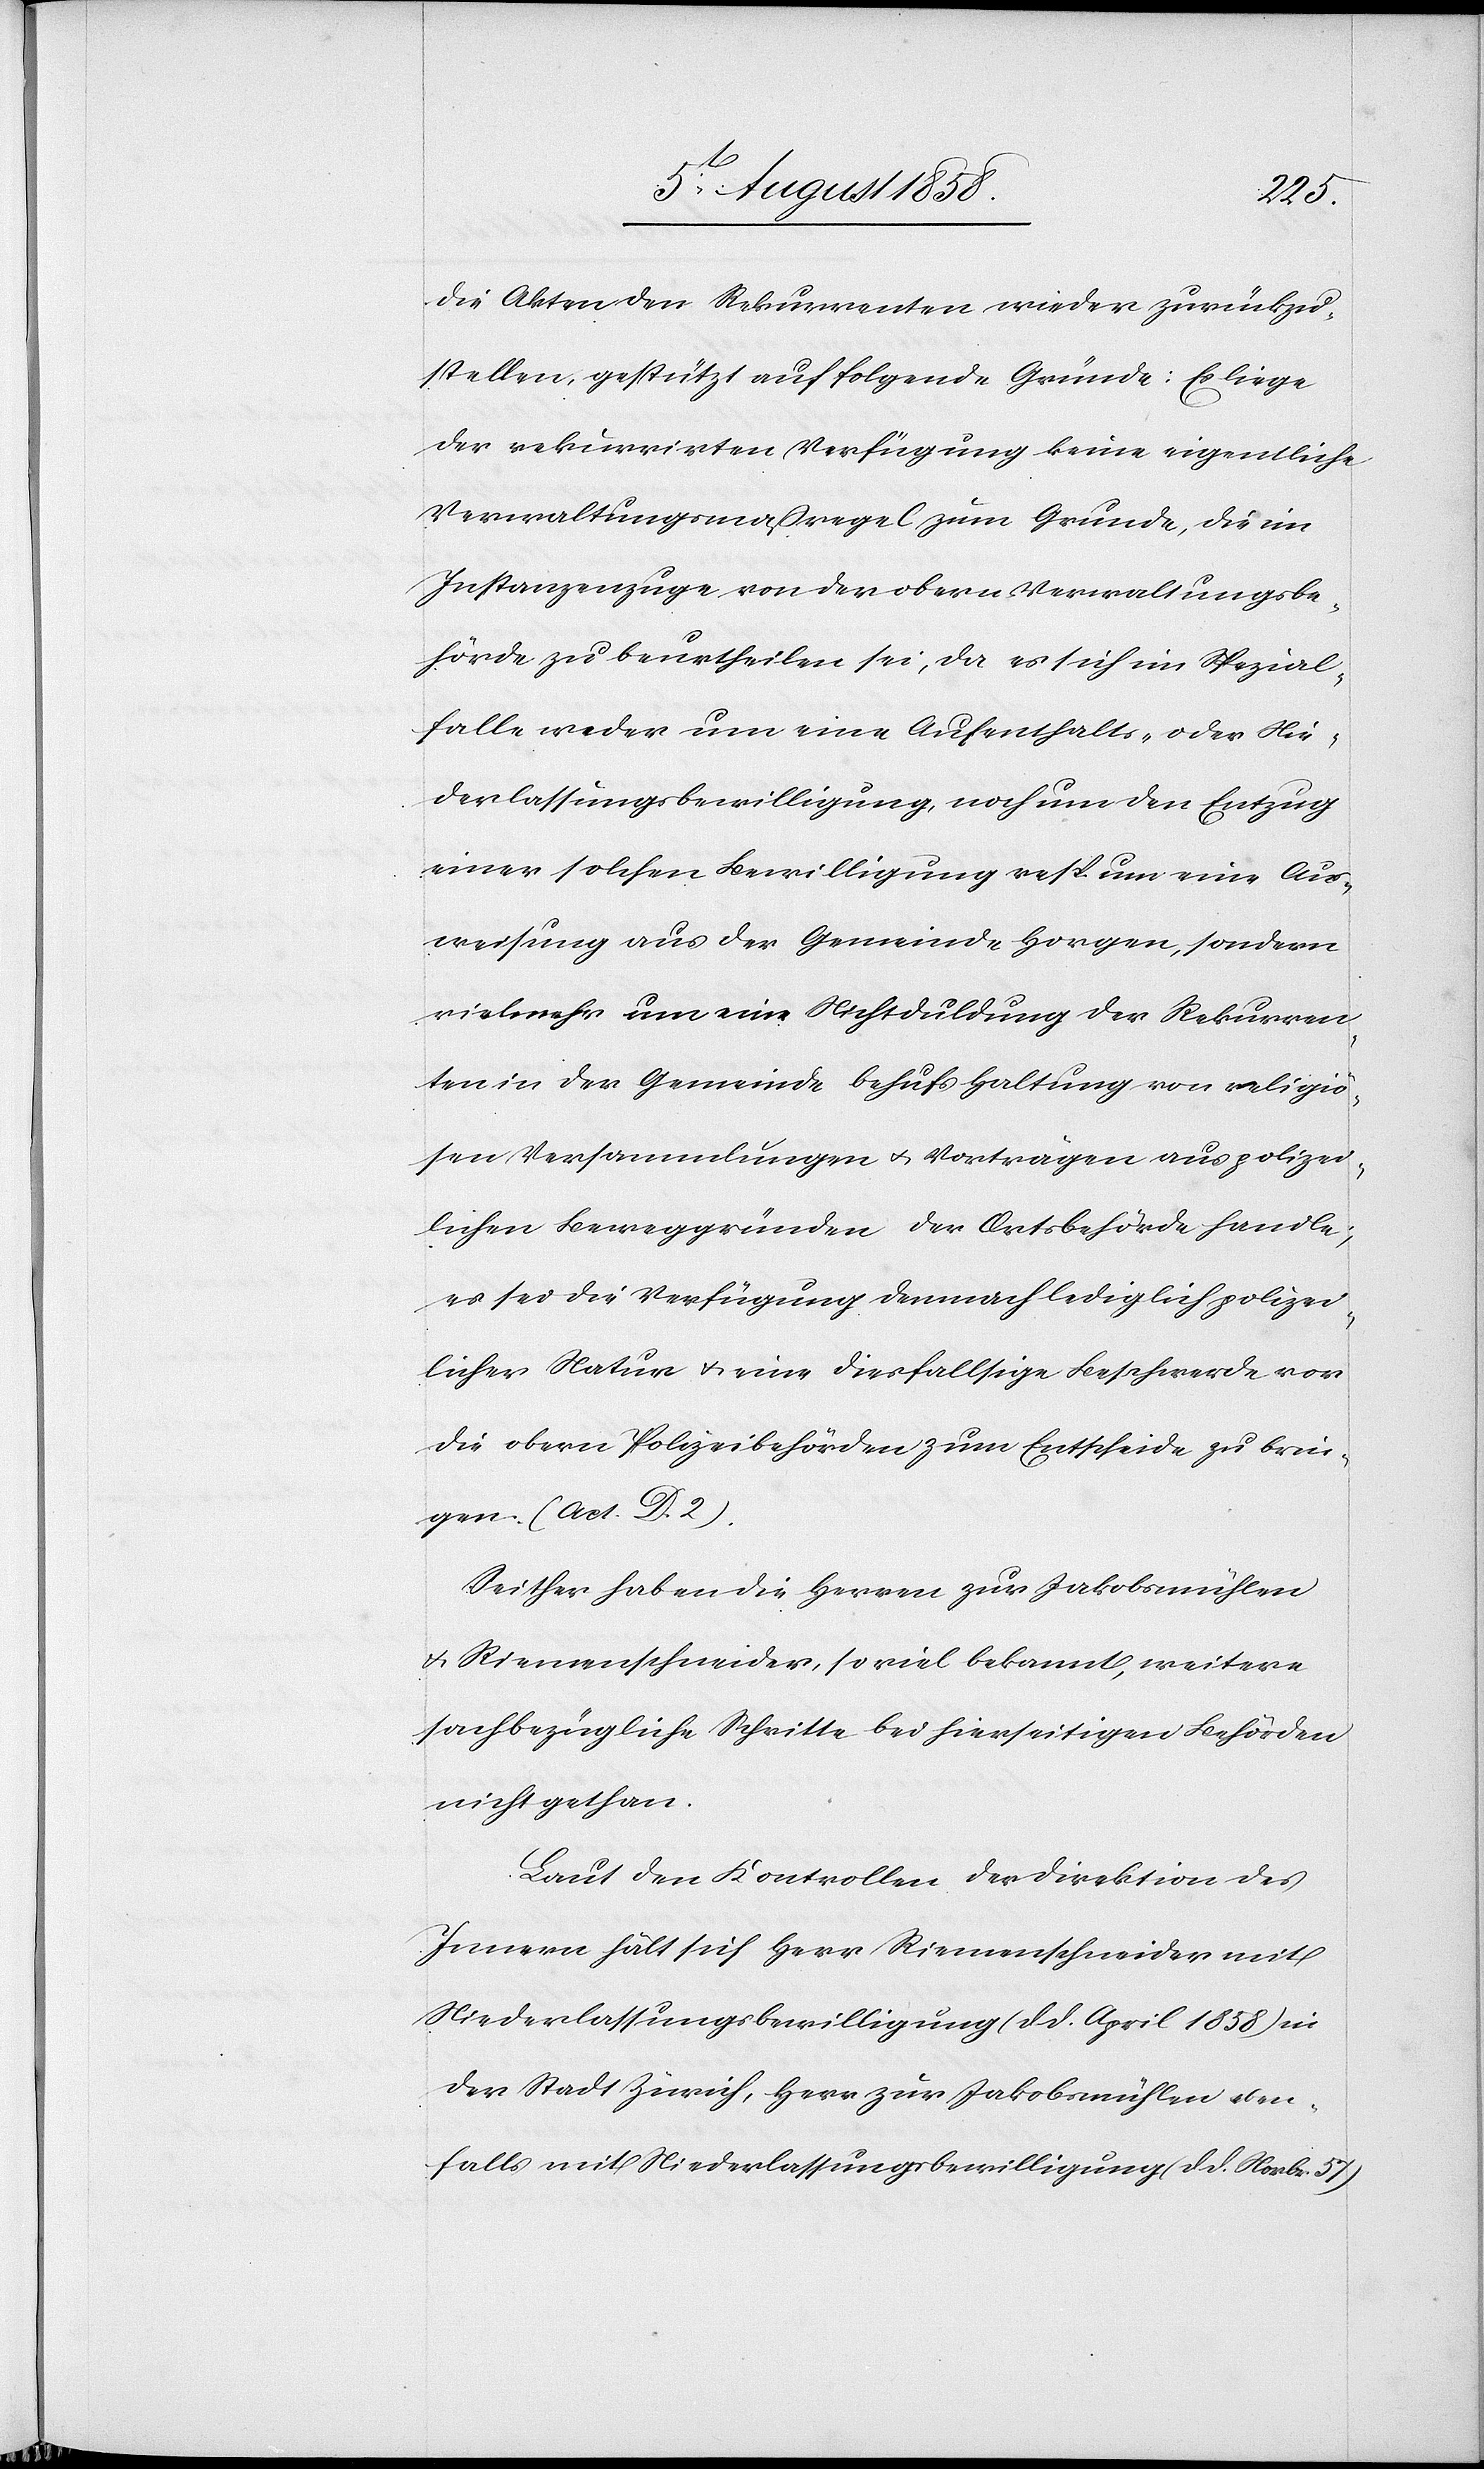
die Akten den Rekurrenten wieder zurückzu¬
stellen, gestützt auf folgende Gründe: Es liege
der rekurrirten Verfügung keine eigentliche
Verwaltungsmaßregel zum Grunde, die im
Instanzenzuge von der obern Verwaltungsbe¬
hörde zu beurtheilen sei, da es sich im Spezial¬
falle weder um eine Aufenthalts- oder Nie¬
derlassungsbewilligung, noch um den Entzug
einer solchen Bewilligung resp. um eine Aus¬
weisung aus der Gemeinde Horgen, sondern
vielmehr um eine Nichtduldung der Rekurren¬
ten in der Gemeinde behufs Haltung von religiö¬
sen Versammlungen & Vorträgen aus polizei¬
lichen Beweggründen der Ortsbehörde handle;
es sei die Verfügung demnach lediglich polizei¬
licher Natur & eine diesfallsige Beschwerde vor
die obern Polizeibehörden zum Entscheide zu brin¬
gen. (Act. D. 2).
Seither haben die Herren zur Jakobsmühlen
& Riemenschneider, so viel bekannt, weitere
sachbezügliche Schritte bei hierseitigen Behörden
nicht gethan.
Laut den Kontrollen der Direktion des
Innern hält sich Herr Riemenschneider mit
Niederlassungsbewilligung (d. d. April 1858) in
der Stadt Zürich, Herr zur Jakobsmühlen eben¬
falls mit Niederlassungsbewilligung (d. d. Novbr. 57.)